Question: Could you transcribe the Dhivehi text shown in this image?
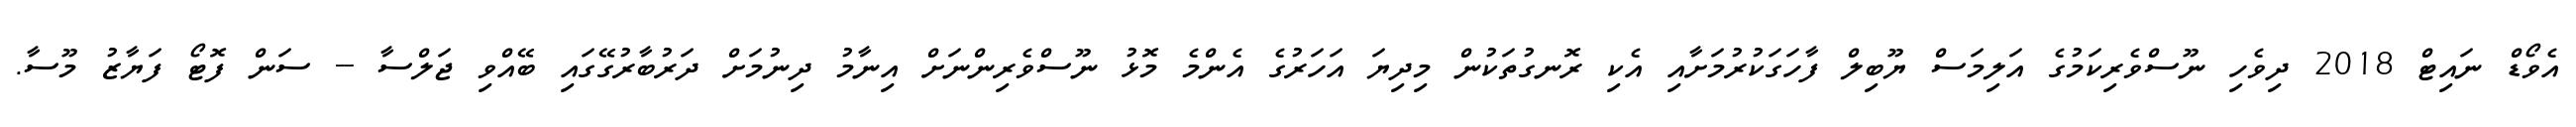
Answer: އެވޯޑް ނައިޓް 2018 ދިވެހި ނޫސްވެރިކަމުގެ އަލިމަސް ޔޫބިލް ފާހަގަކުރުމަށާއި އެކި ރޮނގުތަކުން މިދިޔަ އަހަރުގެ އެންމެ މޮޅު ނޫސްވެރިންނަށް އިނާމު ދިނުމަށް ދަރުބާރުގޭގައި ބޭއްވި ޖަލްސާ -- ސަން ފޮޓޯ ފަޔާޒު މޫސާ.